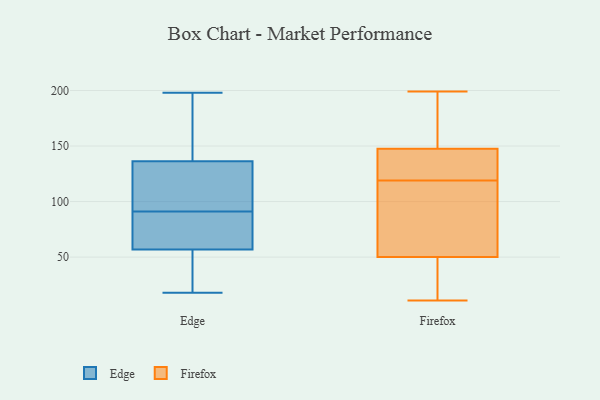
{"axis": {"x": "Demand Index", "y": "Value"}, "legend": ["Edge", "Firefox"], "data": [{"x": "", "y": 171, "type": "Edge"}, {"x": "", "y": 198, "type": "Edge"}, {"x": "", "y": 18, "type": "Edge"}, {"x": "", "y": 25, "type": "Edge"}, {"x": "", "y": 40, "type": "Edge"}, {"x": "", "y": 107, "type": "Edge"}, {"x": "", "y": 172, "type": "Edge"}, {"x": "", "y": 83, "type": "Edge"}, {"x": "", "y": 77, "type": "Edge"}, {"x": "", "y": 53, "type": "Edge"}, {"x": "", "y": 37, "type": "Edge"}, {"x": "", "y": 139, "type": "Edge"}, {"x": "", "y": 91, "type": "Edge"}, {"x": "", "y": 114, "type": "Edge"}, {"x": "", "y": 102, "type": "Edge"}, {"x": "", "y": 193, "type": "Edge"}, {"x": "", "y": 89, "type": "Edge"}, {"x": "", "y": 68, "type": "Edge"}, {"x": "", "y": 128, "type": "Edge"}, {"x": "", "y": 122, "type": "Firefox"}, {"x": "", "y": 199, "type": "Firefox"}, {"x": "", "y": 60, "type": "Firefox"}, {"x": "", "y": 108, "type": "Firefox"}, {"x": "", "y": 50, "type": "Firefox"}, {"x": "", "y": 50, "type": "Firefox"}, {"x": "", "y": 124, "type": "Firefox"}, {"x": "", "y": 177, "type": "Firefox"}, {"x": "", "y": 162, "type": "Firefox"}, {"x": "", "y": 31, "type": "Firefox"}, {"x": "", "y": 126, "type": "Firefox"}, {"x": "", "y": 22, "type": "Firefox"}, {"x": "", "y": 11, "type": "Firefox"}, {"x": "", "y": 82, "type": "Firefox"}, {"x": "", "y": 197, "type": "Firefox"}, {"x": "", "y": 32, "type": "Firefox"}, {"x": "", "y": 128, "type": "Firefox"}, {"x": "", "y": 119, "type": "Firefox"}, {"x": "", "y": 154, "type": "Firefox"}]}